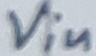
Text: Vin